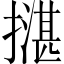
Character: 𢵺